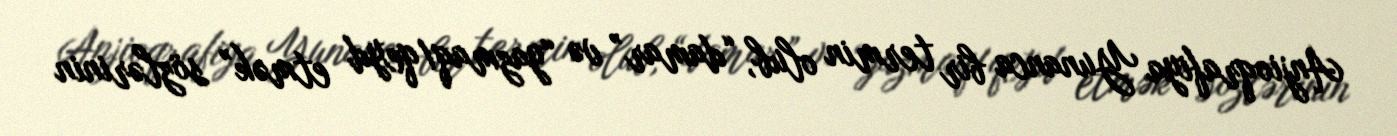
Anjioqrafiya Yunanca bir termin olub, “damar” və “yazmaq/qeyd etmək” sözlərinin